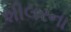
શીલરના